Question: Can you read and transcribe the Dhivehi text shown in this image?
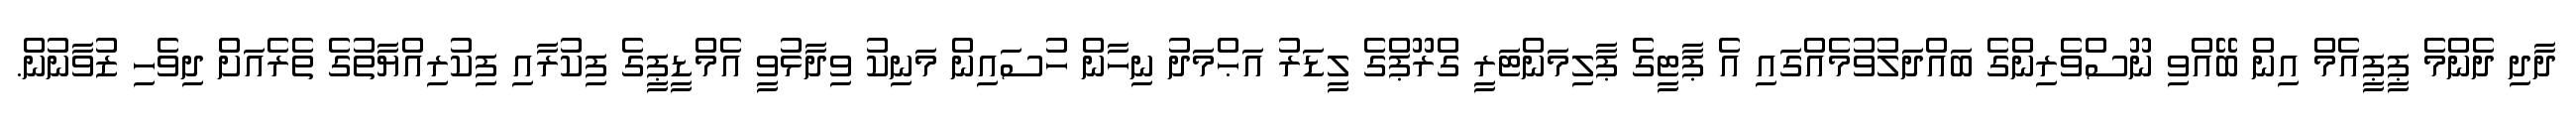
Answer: ދާދި ދެންމެ ޕީޕީއެމް އިން ބޭއްވި ނޫސްވެރިންގެ ބައްދަލުވުމެއްގައި އެ ޕާޓީގެ ޕާލިމަންޓަރީ ގްރޫޕްގެ ލީޑަރު އަޙްމަދު ނިހާން ހުސައިން މަނިކު ވިދާޅުވީ އެމްޑީޕީގެ ފިކުރާއި ފިކުރިއްޔާތުގެ ތެރެއަށް ދިވެހި ޒުވާނުން.